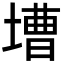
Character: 𡐋